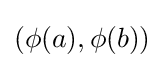
(\phi (a),\phi (b))